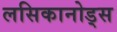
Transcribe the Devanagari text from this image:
लसिकानोड्स